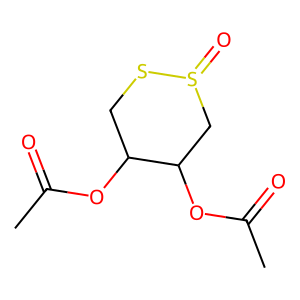
SMILES: CC(=O)OC1CSS(=O)CC1OC(C)=O
Inhibits HIV replication: No